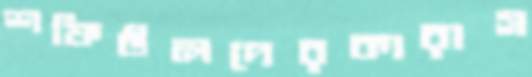
শফিউলদেরকারাগ